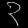
Digit: ၃